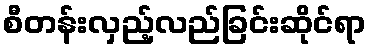
စီတန်းလှည့်လည်ခြင်းဆိုင်ရာ